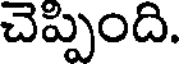
చెప్పింది.